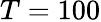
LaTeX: T=100